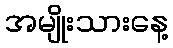
အမျိုးသားနေ့